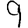
Digit: 9